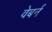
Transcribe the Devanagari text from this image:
वेबर्न